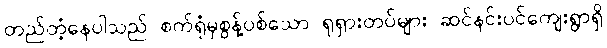
တည်တံ့နေပါသည် စက်ရုံမှစွန့်ပစ်သော ရုရှားတပ်များ ဆင်နင်းပင်ကျေးရွာရှိ